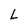
Character: L